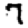
Digit: 7